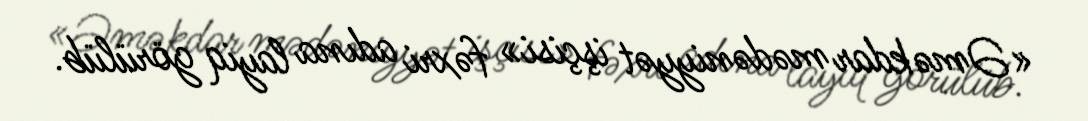
«Əməkdar mədəniyyət işçisi» fəxri adına layiq görülüb.